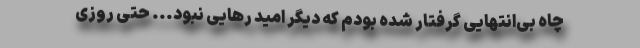
چاه بی‌انتهایی گرفتار شده بودم که دیگر امید رهایی نبود... حتی روزی